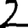
Digit: 2